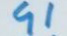
91